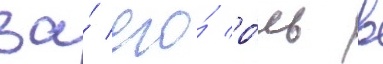
за́ его́ ро́ль в